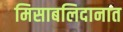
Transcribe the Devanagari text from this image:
मिसाबलिदानात